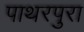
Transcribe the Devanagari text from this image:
पाथरपुरा